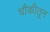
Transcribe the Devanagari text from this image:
चौकीतून